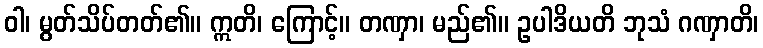
ဝါ၊ မွတ်သိပ်တတ်၏။ ဣတိ၊ ကြောင့်။ တဏှာ၊ မည်၏။ ဥပါဒိယတိ ဘုသံ ဂဏှာတိ၊